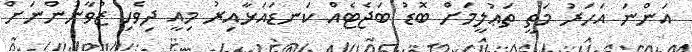
އަންނަ އަހަރު މަތީ ތަޢުލީމަށް ބޮޑު ބަޖެޓެއް ކަނޑައަޅާއިރު މިއީ ދިވެހި ޒުވާނުންނަށް